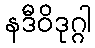
နဒီဝိဒုဂ္ဂါ